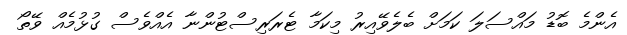
އެންމެ ބޮޑު މައްސަލަ ކަމަށް ބެލެވޭއިރު މިކަމާ ޓެރަރިސްޓުންނާ އެއްވެސް ގުޅުމެއް ވޭތޯ